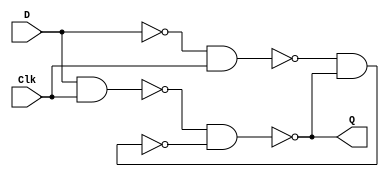
module latch_D(
	input Clk,D,
	output Q);
	wire S,R,S_g,R_g,Qa,Qb;
	assign S = D;
	assign R = ~D;
	assign S_g = ~(S & Clk);
	assign R_g = ~(R & Clk);
	assign Qa = ~(S_g & Qb);
	assign Qb = ~(R_g & Qa);
	assign Q = Qa;
endmodule